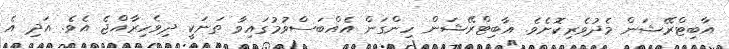
އާބިޓްރޭޝަން މެދުވެރިކޮށެވެ. އާބިޓްރޭޝަން ހިންގަން އެއްބަސްވުމުގައިވާ ތަނަކީ ދިވެހިރާއްޖެ އެވެ. އަދި އެ